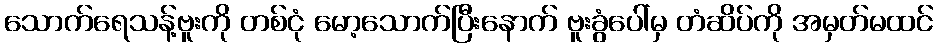
သောက်ရေသန့်ဗူးကို တစ်ငုံ မော့သောက်ပြီးနောက် ဗူးခွံပေါ်မှ တံဆိပ်ကို အမှတ်မထင်